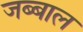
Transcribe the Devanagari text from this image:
जब्बाल